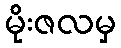
မိုးဇလမှ